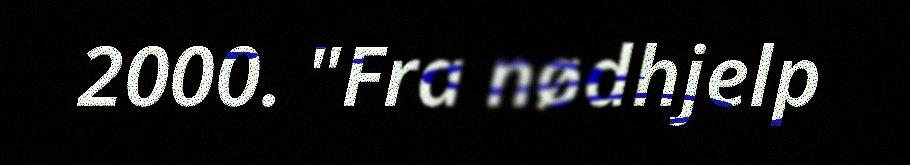
2000. "Fra nødhjelp